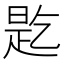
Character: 𬼲